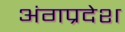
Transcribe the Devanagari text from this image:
अंगप्रदेश